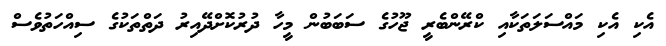
އެކި އެކި މައްސަލަތަކާއި ކްރޭންބެރީ ޖޫހުގެ ސަބަބުން މީހާ ދުރުކޮށްދޭއިރު ދަތްތަކުގެ ސިއްހަތުވެސް